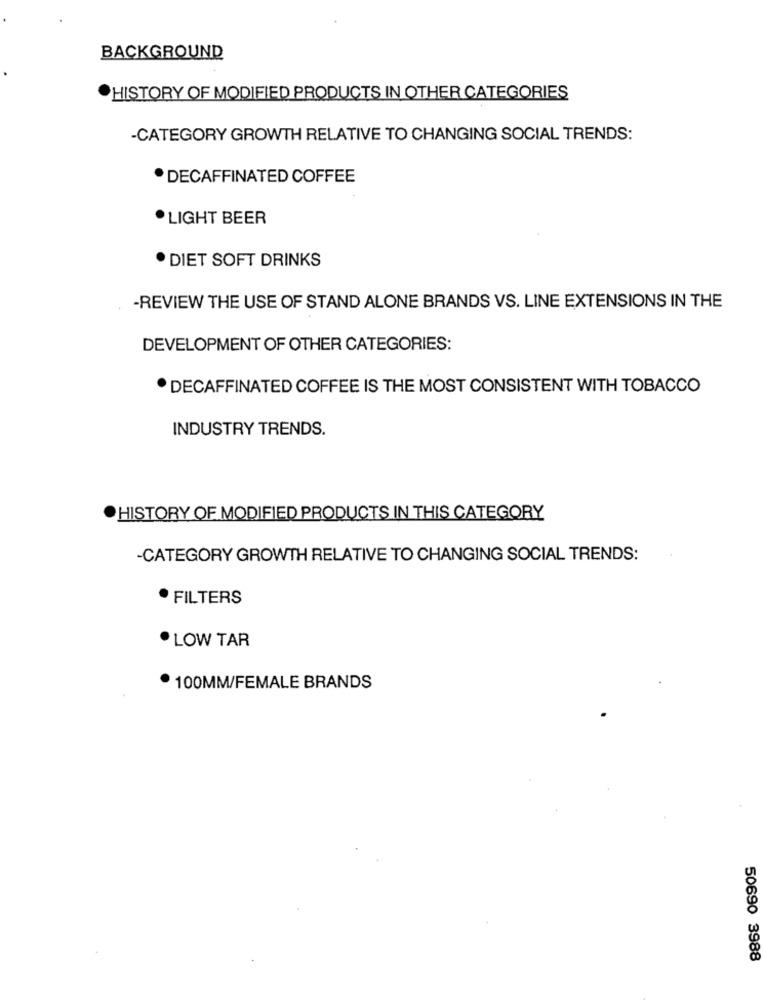
BACKGROUND
HISTORY OF MODIFIED PRODUCTS IN OTHER CATEGORIES
-CATEGORY GROWTH RELATIVE TO CHANGING SOCIAL TRENDS:
. DECAFFINATED COFFEE
LIGHT BEER
. DIET SOFT DRINKS
-REVIEW THE USE OF STAND ALONE BRANDS VS. LINE EXTENSIONS IN THE
DEVELOPMENT OF OTHER CATEGORIES:
. DECAFFINATED COFFEE IS THE MOST CONSISTENT WITH TOBACCO
INDUSTRY TRENDS.
HISTORY OF MODIFIED PRODUCTS IN THIS CATEGORY
-CATEGORY GROWTH RELATIVE TO CHANGING SOCIAL TRENDS:
· FILTERS
. LOW TAR
. 100MM/FEMALE BRANDS
50690 3988